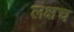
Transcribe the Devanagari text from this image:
लक्षच